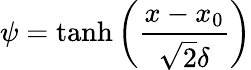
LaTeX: \psi=\operatorname{tanh}\left(\frac{x-x_{0}}{\sqrt{2}\delta}\right)